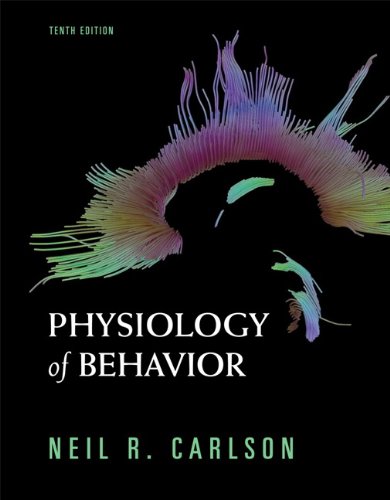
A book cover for Physiology of Behavior (10th Edition); Neil R. Carlson; Medical Books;